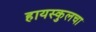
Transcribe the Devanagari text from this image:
हायस्‍कुलचा